Indian journal of veterinary science and animal husbandry - Volumes 15-17, 1948-1951
Year: 1948
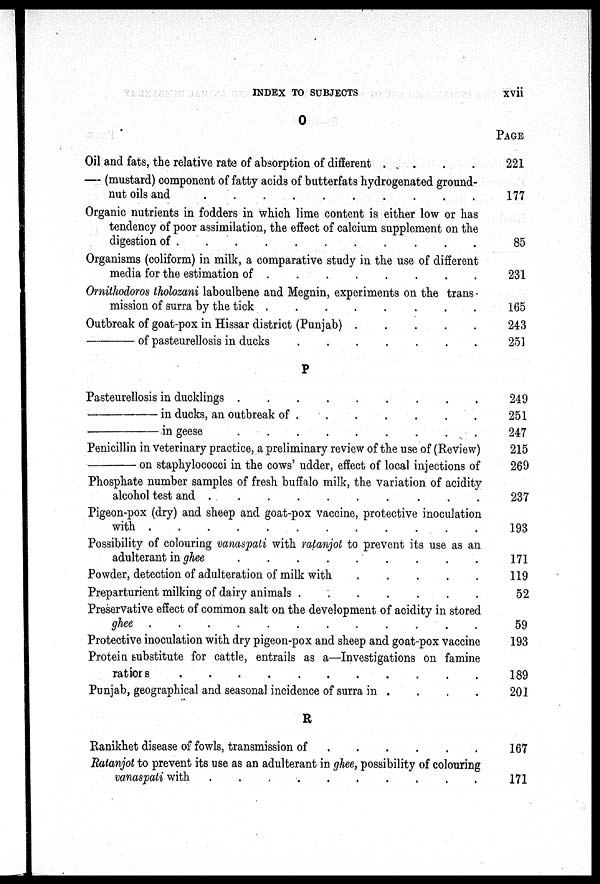
INDEX TO SUBJECTS
xvii
O
Oil and fats, the relative rate of absorption of different . . . .
— (mustard) component of fatty acids of butterfats hydrogenated ground-
nut oils and
.
.
.
.
.
.
.
.
.
.
Organic nutrients in fodders in which lime content is either low or has
tendency of poor assimilation, the effect of calcium supplement on the
digestion of
.
.
.
.
.
.
.
.
.
.
.
Organisms (coliform) in milk, a comparative study in the use of different
media for the estimation of
.
.
.
.
.
.
.
.
Ornithodoros tholozani laboulbene and Megnin, experiments on the trans-
mission of surra by the tick
.
.
.
.
.
.
.
.
Outbreak of goat-pox in Hissar district (Punjab) . . . . .
—
of pasteurellosis in ducks
.
.
.
.
.
.
.
P
Pasteurellosis in ducklings
.
.
.
.
.
.
.
.
.
—
in ducks, an outbreak of
.
.
.
.
.
.
.
—
in geese . . . . . . . . .
Penicillin in Veterinary practice, a preliminary review of the use of (Review)
—
on staphylococci in the cows' udder, effect of local injections of
Phosphate number samples of fresh buffalo milk, the variation of acidity
alcohol test and . . . . . . . . . .
Pigeon-pox (dry) and sheep and goat-pox vaccine, protective inoculation
with
.
.
.
.
.
.
.
.
.
.
.
Possibility of colouring vanaspati with ratanjot to prevent its use as an
adulterant in ghee
.
.
.
.
.
.
.
.
.
.
Powder, detection of adulteration of milk with . . . . .
Preparturient milking of dairy animals
.
.
.
.
.
.
.
Preservative effect of common salt on the development of acidity in stored
ghee
.
.
.
.
.
.
.
.
.
.
.
Protective inoculation with dry pigeon-pox and sheep and goat-pox vaccine
Protein substitute for cattle, entrails as a—Investigations on famine
ratiors
.
.
.
.
.
.
.
.
.
.
Punjab, geographical and seasonal incidence of surra in . . . .
R
Ranikhet disease of fowls, transmission of . . . . . .
Ratanjot to prevent its use as an adulterant in ghee, possibility of colouring
vanaspati with
.
.
.
.
.
.
.
.
.
.
PAGE
221
177
85
231
165
243
251
249
251
247
215
269
237
193
171
119
52
59
193
189
201
167
171